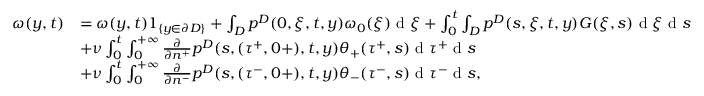
\begin{array} { r l } { \omega ( y , t ) } & { = \omega ( y , t ) 1 _ { \{ y \in \partial D \} } + \int _ { D } p ^ { D } ( 0 , \xi , t , y ) \omega _ { 0 } ( \xi ) \textrm { d } \xi + \int _ { 0 } ^ { t } \int _ { D } p ^ { D } ( s , \xi , t , y ) G ( \xi , s ) \textrm { d } \xi \textrm { d } s } \\ & { + \nu \int _ { 0 } ^ { t } \int _ { 0 } ^ { + \infty } \frac { \partial } { \partial n ^ { + } } p ^ { D } ( s , ( \tau ^ { + } , 0 + ) , t , y ) \theta _ { + } ( \tau ^ { + } , s ) \textrm { d } \tau ^ { + } \textrm { d } s } \\ & { + \nu \int _ { 0 } ^ { t } \int _ { 0 } ^ { + \infty } \frac { \partial } { \partial n ^ { - } } p ^ { D } ( s , ( \tau ^ { - } , 0 + ) , t , y ) \theta _ { - } ( \tau ^ { - } , s ) \textrm { d } \tau ^ { - } \textrm { d } s , } \end{array}